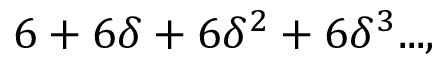
6 + 6 \delta + 6 \delta ^ { 2 } + 6 \delta ^ { 3 } . . . ,